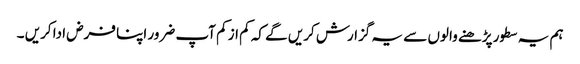
ہم یہ سطور پڑھنے والوں سے یہ گزارش کریں گے کہ کم از کم آپ ضرور اپنا فرض ادا کریں ۔